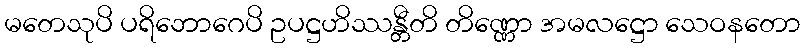
မတေသုပိ ပရိဘောဂေပိ ဥပဋ္ဌဟိဿန္တီတိ တိဏ္ဏော အမလဋ္ဌော သေဝနတော